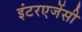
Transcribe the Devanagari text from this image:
इंटरएजेंसी